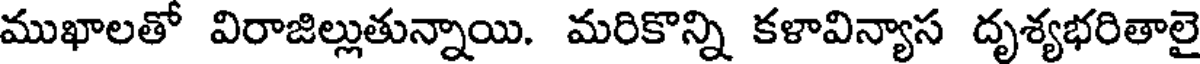
ముఖాలతో విరాజిల్లుతున్నాయి. మరికొన్ని కళావిన్యాస దృశ్యభరితాలై